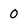
Character: 0